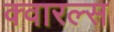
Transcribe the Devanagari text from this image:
क्वारल्स